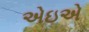
એઇએ